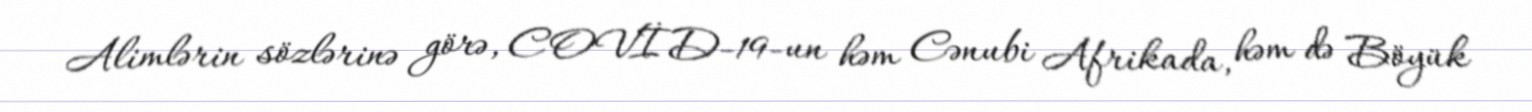
Alimlərin sözlərinə görə, COVİD-19-un həm Cənubi Afrikada, həm də Böyük